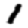
Digit: 1